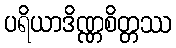
ပရိယာဒိဏ္ဏစိတ္တဿ